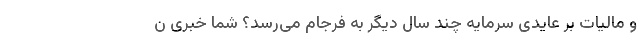
و مالیات بر عایدی سرمایه چند سال دیگر به فرجام می‌رسد؟ شما خبری ن